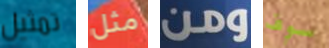
تمثيل مثل ومن سوف